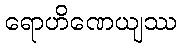
ရောဟိဏေယျဿ